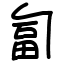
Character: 匐